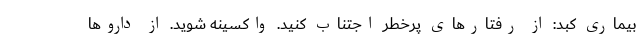
بیماری کبد: از رفتارهای پرخطر اجتناب کنید. واکسینه شوید. از داروها